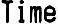
TIME